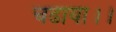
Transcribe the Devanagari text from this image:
चढाया।।